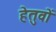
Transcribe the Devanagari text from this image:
हेतुवों